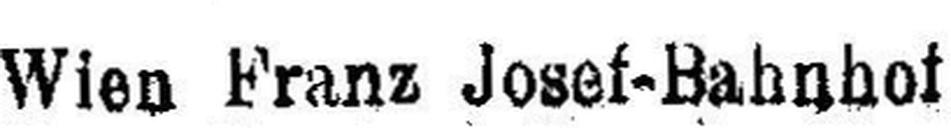
Wien Franz Josef-Bahnhof